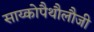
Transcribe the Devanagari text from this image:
साय्कोपैथौलौजी